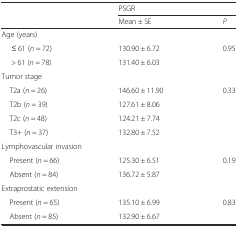
<table><thead><tr><td rowspan="2"></td><td colspan="2"><b>PSGR</b></td></tr><tr><td><b>Mean ± SE</b></td><td><b><i>P</i></b></td></tr></thead><tbody><tr><td colspan="3">Age (years)</td></tr><tr><td>≤ 61 (<i>n</i> = 72)</td><td>130.90 ± 6.72</td><td>0.95</td></tr><tr><td>&gt; 61 (<i>n</i> = 78)</td><td>131.40 ± 6.03</td><td></td></tr><tr><td colspan="3">Tumor stage</td></tr><tr><td> T2a (<i>n</i> = 26)</td><td>146.60 ± 11.90</td><td>0.33</td></tr><tr><td> T2b (<i>n</i> = 39)</td><td>127.61 ± 8.06</td><td></td></tr><tr><td> T2c (<i>n</i> = 48)</td><td>124.21 ± 7.74</td><td></td></tr><tr><td> T3+ (<i>n</i> = 37)</td><td>132.80 ± 7.52</td><td></td></tr><tr><td colspan="3">Lymphovascular invasion</td></tr><tr><td> Present (<i>n</i> = 66)</td><td>125.30 ± 6.51</td><td>0.19</td></tr><tr><td> Absent (<i>n</i> = 84)</td><td>136.72 ± 5.87</td><td></td></tr><tr><td colspan="3">Extraprostatic extension</td></tr><tr><td> Present (<i>n</i> = 65)</td><td>135.10 ± 6.99</td><td>0.83</td></tr><tr><td> Absent (<i>n</i> = 85)</td><td>132.90 ± 6.67</td><td></td></tr></tbody></table>